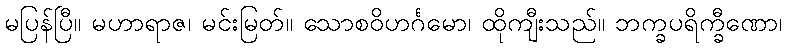
မပြန်ပြီ။ မဟာရာဇ၊ မင်းမြတ်။ သောစဝိဟင်္ဂမော၊ ထိုကျီးသည်။ ဘက္ခပရိက္ခီဏော၊